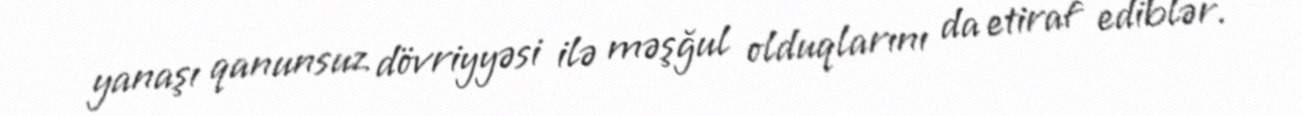
yanaşı qanunsuz dövriyyəsi ilə məşğul olduqlarını da etiraf ediblər.